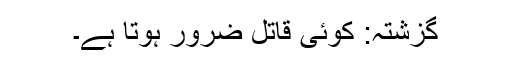
گزشتہ: کوئی قاتل ضرور ہوتا ہے۔